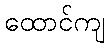
ထောင်ကျ